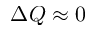
\Delta Q \approx 0